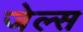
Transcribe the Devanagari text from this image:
जेल्स